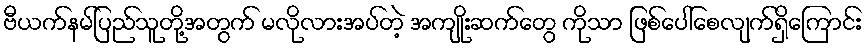
ဗီယက်နမ်ပြည်သူတို့အတွက် မလိုလားအပ်တဲ့ အကျိုးဆက်တွေ ကိုသာ ဖြစ်ပေါ်စေလျက်ရှိကြောင်း